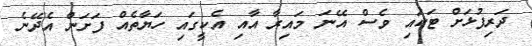
ދަރިފުޅަށް ޓަކައި ވެސް އޭނަ މައިރާ އާއި އެކީގައި ހަޔާތެއް ފަށަން އެދޭނެ